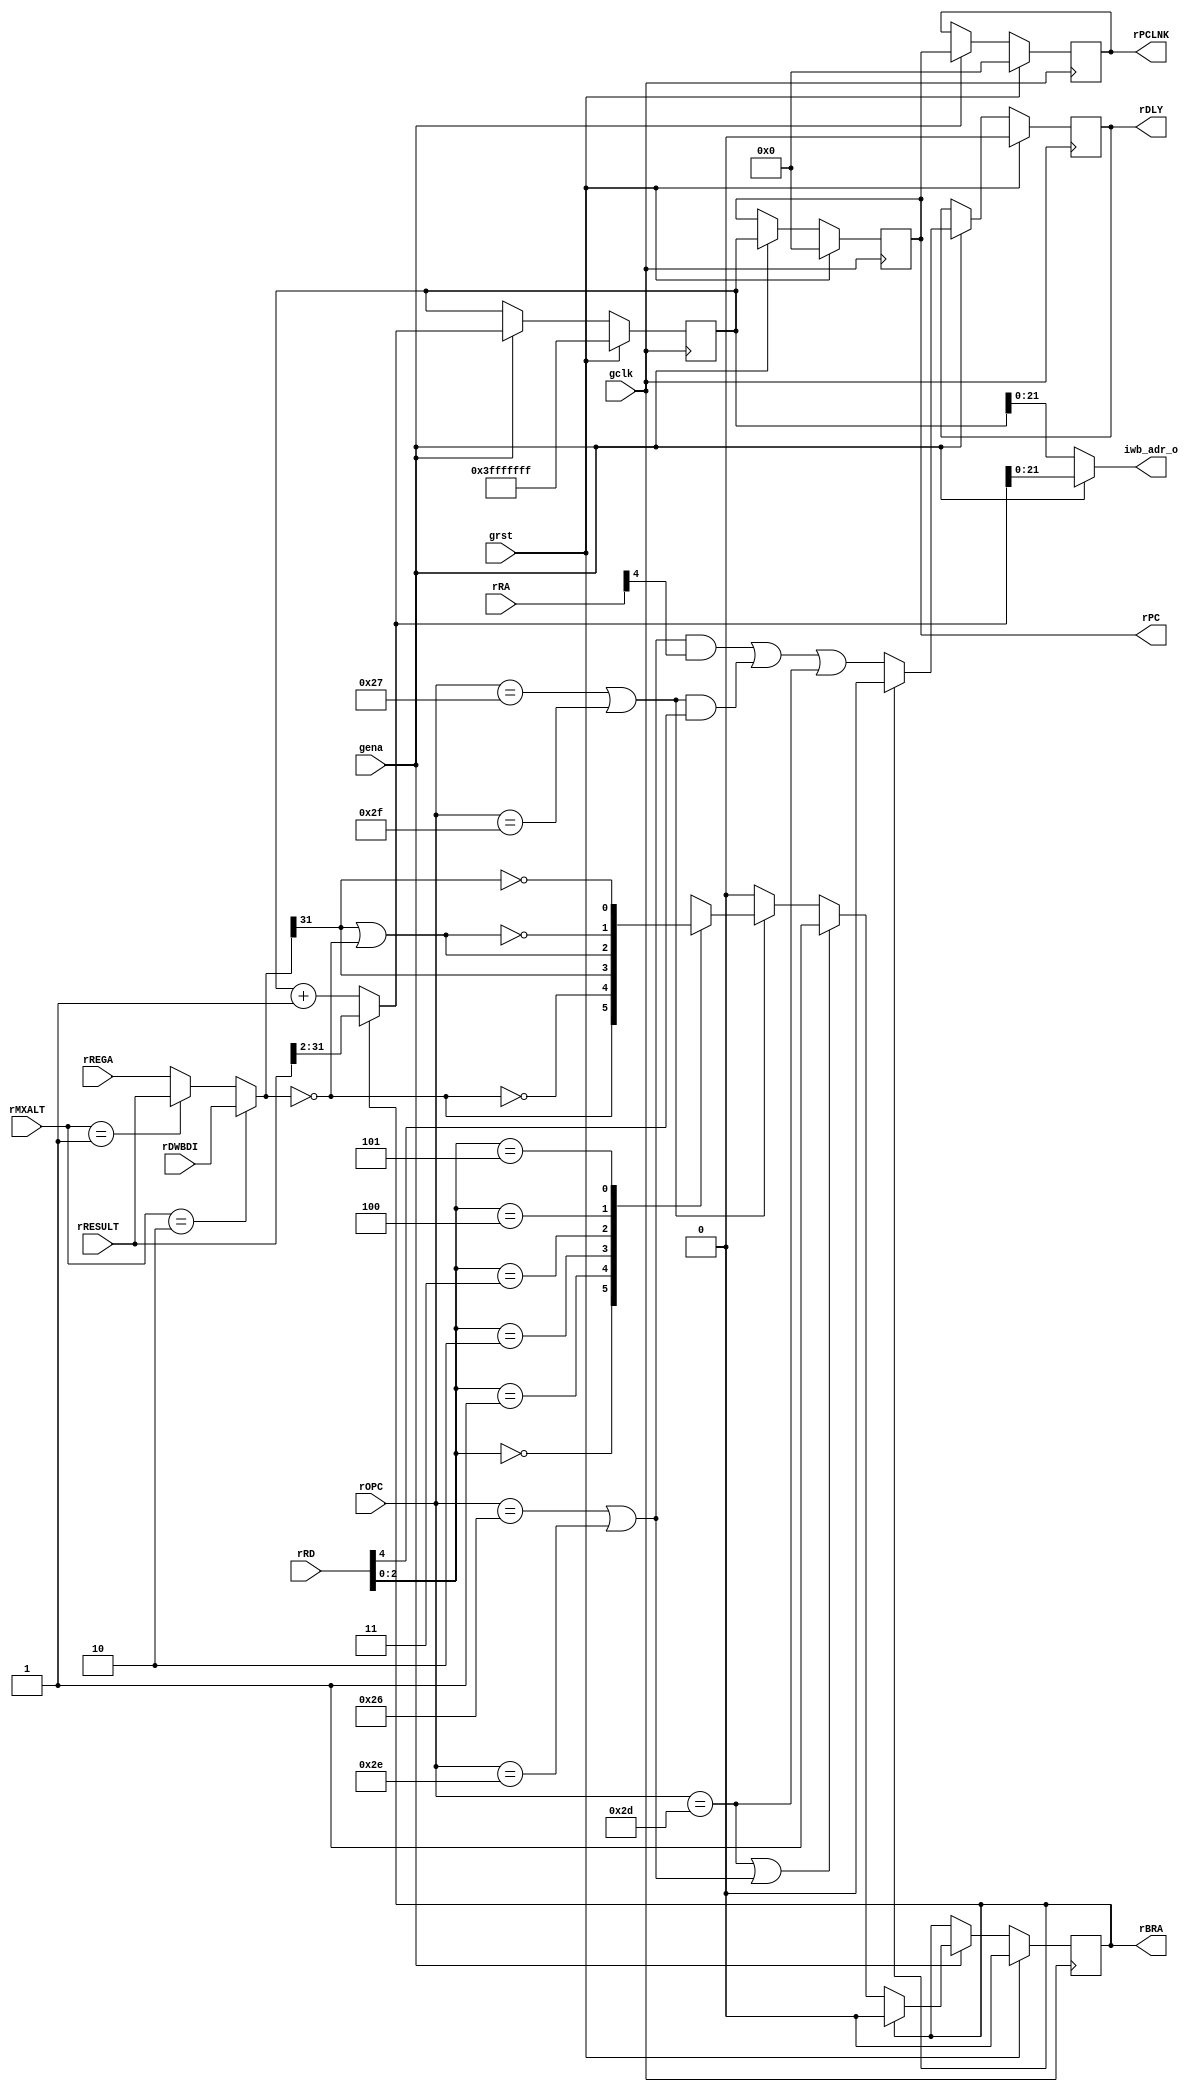
// $Id: aeMB_bpcu.v,v 1.4 2007/11/14 22:14:34 sybreon Exp $
//
// AEMB BRANCH PROGRAMME COUNTER UNIT
// 
// Copyright (C) 2004-2007 Shawn Tan Ser Ngiap <shawn.tan@aeste.net>
//  
// This file is part of AEMB.
//
// AEMB is free software: you can redistribute it and/or modify it
// under the terms of the GNU Lesser General Public License as
// published by the Free Software Foundation, either version 3 of the
// License, or (at your option) any later version.
//
// AEMB is distributed in the hope that it will be useful, but WITHOUT
// ANY WARRANTY; without even the implied warranty of MERCHANTABILITY
// or FITNESS FOR A PARTICULAR PURPOSE.  See the GNU Lesser General
// Public License for more details.
//
// You should have received a copy of the GNU Lesser General Public
// License along with AEMB. If not, see <http://www.gnu.org/licenses/>.
//
// $Log: aeMB_bpcu.v,v $
// Revision 1.4  2007/11/14 22:14:34  sybreon
// Changed interrupt handling system (reported by M. Ettus).
//
// Revision 1.3  2007/11/10 16:39:38  sybreon
// Upgraded license to LGPLv3.
// Significant performance optimisations.
//
// Revision 1.2  2007/11/02 19:20:58  sybreon
// Added better (beta) interrupt support.
// Changed MSR_IE to disabled at reset as per MB docs.
//
// Revision 1.1  2007/11/02 03:25:39  sybreon
// New EDK 3.2 compatible design with optional barrel-shifter and multiplier.
// Fixed various minor data hazard bugs.
// Code compatible with -O0/1/2/3/s generated code.
//

module aeMB_bpcu (/*AUTOARG*/
   // Outputs
   iwb_adr_o, rPC, rPCLNK, rBRA, rDLY,
   // Inputs
   rMXALT, rOPC, rRD, rRA, rRESULT, rDWBDI, rREGA, gclk, grst, gena
   );
   parameter IW = 24;

   // INST WISHBONE
   output [IW-1:2] iwb_adr_o;

   // INTERNAL
   output [31:2]   rPC, rPCLNK;
   output 	   rBRA;
   output 	   rDLY;
   //output [1:0]    rATOM;
   //output [1:0]    xATOM;
   
   input [1:0] 	   rMXALT;   
   input [5:0] 	   rOPC;
   input [4:0] 	   rRD, rRA;  
   input [31:0]    rRESULT; // ALU
   input [31:0]    rDWBDI; // RAM
   input [31:0]    rREGA;
   //input [1:0] 	   rXCE;   
   
   // SYSTEM
   input 	   gclk, grst, gena;

   // --- BRANCH CONTROL --------------------------------------------
   // Controls the branch and delay flags
   
   wire 	   fRTD = (rOPC == 6'o55);
   wire 	   fBCC = (rOPC == 6'o47) | (rOPC == 6'o57);
   wire 	   fBRU = (rOPC == 6'o46) | (rOPC == 6'o56);

   wire [31:0] 	   wREGA;
   assign 	   wREGA = (rMXALT == 2'o2) ? rDWBDI :
			   (rMXALT == 2'o1) ? rRESULT :
			   rREGA;   
   
   wire 	   wBEQ = (wREGA == 32'd0);
   wire 	   wBNE = ~wBEQ;
   wire 	   wBLT = wREGA[31];
   wire 	   wBLE = wBLT | wBEQ;   
   wire 	   wBGE = ~wBLT;
   wire 	   wBGT = ~wBLE;   

   reg 		   xXCC;
   always @(/*AUTOSENSE*/rRD or wBEQ or wBGE or wBGT or wBLE or wBLT
	    or wBNE)
     case (rRD[2:0])
       3'o0: xXCC <= wBEQ;
       3'o1: xXCC <= wBNE;
       3'o2: xXCC <= wBLT;
       3'o3: xXCC <= wBLE;
       3'o4: xXCC <= wBGT;
       3'o5: xXCC <= wBGE;
       default: xXCC <= 1'bX;
     endcase // case (rRD[2:0])

   reg 		   rBRA, xBRA;
   reg 		   rDLY, xDLY;
   wire 	   fSKIP = rBRA & !rDLY;   
   
   always @(/*AUTOSENSE*/fBCC or fBRU or fRTD or rBRA or rRA or rRD
	    or xXCC)
     //if (rBRA | |rXCE) begin
     if (rBRA) begin
	/*AUTORESET*/
	// Beginning of autoreset for uninitialized flops
	xBRA <= 1'h0;
	xDLY <= 1'h0;
	// End of automatics
     end else begin
	xDLY <= (fBRU & rRA[4]) | (fBCC & rRD[4]) | fRTD;      
	xBRA <= (fRTD | fBRU) ? 1'b1 :
		(fBCC) ? xXCC :
		1'b0;
     end

   // --- PC PIPELINE ------------------------------------------------
   // PC and related changes
   
   reg [31:2] 	   rIPC, xIPC;
   reg [31:2] 	   rPC, xPC;
   reg [31:2] 	   rPCLNK, xPCLNK;
   
   assign 	   iwb_adr_o = gena ? xIPC[IW-1:2] :  rIPC[IW-1:2]; //IJB
   
   always @(/*AUTOSENSE*/rBRA or rIPC or rPC or rRESULT) begin
      //xPCLNK <= (^rATOM) ? rPC : rPC;
      xPCLNK <= rPC;
      //xPC <= (^rATOM) ? rIPC : rRESULT[31:2];	
      xPC <= rIPC;
      //xIPC <= (rBRA) ? rRESULT[31:2] : (rIPC + 1);
      /*
     case (rXCE)
       2'o1: xIPC <= 30'h2;       
       2'o2: xIPC <= 30'h4;       
       2'o3: xIPC <= 30'h6;       
       default: xIPC <= (rBRA) ? rRESULT[31:2] : (rIPC + 1);
     endcase // case (rXCE)      
       */
      xIPC <= (rBRA) ? rRESULT[31:2] : (rIPC + 1);
   end   			   

   // --- ATOMIC CONTROL ---------------------------------------------
   // This is used to indicate 'safe' instruction borders.
   
   wire 	wIMM = (rOPC == 6'o54) & !fSKIP;
   wire 	wRTD = (rOPC == 6'o55) & !fSKIP;
   wire 	wBCC = xXCC & ((rOPC == 6'o47) | (rOPC == 6'o57)) & !fSKIP;
   wire 	wBRU = ((rOPC == 6'o46) | (rOPC == 6'o56)) & !fSKIP;   
   
   wire 	fATOM = ~(wIMM | wRTD | wBCC | wBRU | rBRA);   
   reg [1:0] 	rATOM, xATOM;

   always @(/*AUTOSENSE*/fATOM or rATOM)
     xATOM <= {rATOM[0], (rATOM[0] ^ fATOM)};   
     
   
   // --- SYNC PIPELINE ----------------------------------------------
    
   always @(posedge gclk)
     if (grst) begin
	/*AUTORESET*/
	// Beginning of autoreset for uninitialized flops
	rATOM <= 2'h0;
	rBRA <= 1'h0;
	rDLY <= 1'h0;
//	rIPC <= 30'h0;
	rIPC <= 30'h3fffffff; // DWORD aligned address 
	rPC <= 30'h0;
	rPCLNK <= 30'h0;
	// End of automatics
     end else if (gena) begin
	rIPC <= #1 xIPC;
	rBRA <= #1 xBRA;
	rPC <= #1 xPC;
	rPCLNK <= #1 xPCLNK;
	rDLY <= #1 xDLY;
	rATOM <= #1 xATOM;	
     end
      
endmodule // aeMB_bpcu